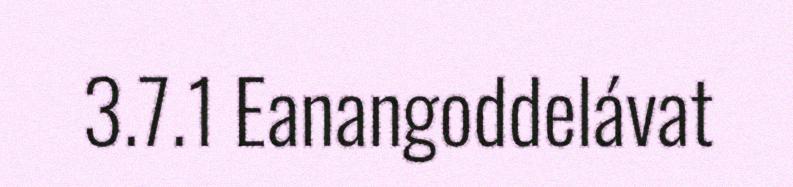
3.7.1 Eanangoddelávat